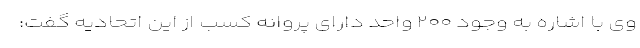
وی با اشاره به وجود ۲۰۰ واحد دارای پروانه کسب از این اتحادیه گفت: